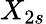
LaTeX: X_{2s}